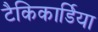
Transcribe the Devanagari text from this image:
टैकिकार्डिया